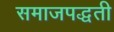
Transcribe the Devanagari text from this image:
समाजपद्धती